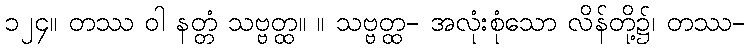
၁၂၄။ တဿ ဝါ နတ္တံ သဗ္ဗတ္ထ။ ။ သဗ္ဗတ္ထ- အလုံးစုံသော လိန်တို့၌၊ တဿ-